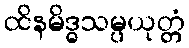
ထိနမိဒ္ဓသမ္ပယုတ္တံ